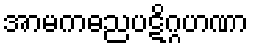
အာမကဓညပဋိဂ္ဂဟဏာ